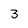
Character: 3